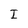
Character: I